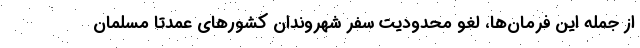
از جمله این فرمان‌ها، لغو محدودیت سفر شهروندان کشورهای عمدتا مسلمان